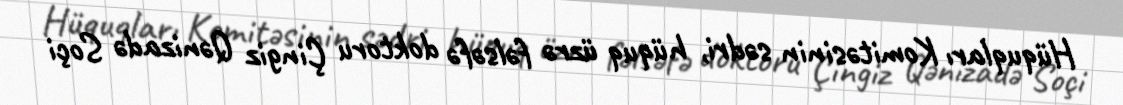
Hüquqları Komitəsinin sədri, hüquq üzrə fəlsəfə doktoru Çingiz Qənizadə Soçi